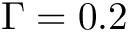
\Gamma = 0 . 2